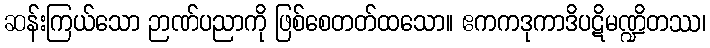
ဆန်းကြယ်သော ဉာဏ်ပညာကို ဖြစ်စေတတ်ထသော။ ဧကကဒုကာဒိပဋိမဏ္ဍိတဿ၊